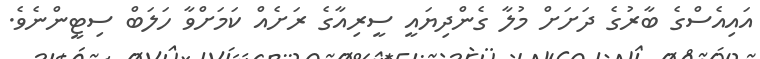
އައިއެސްގެ ބާރުގެ ދަށަށް މުލާ ގެންދިޔައީ ސީރިއާގެ ރަށެއް ކަމަށްވާ ހަލަބް ސިޓީންނެވެ.